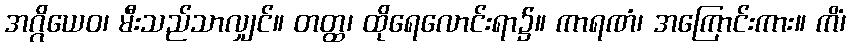
အဂ္ဂိယေဝ၊ မီးသည်သာလျှင်။ တတ္ထ၊ ထိုရေလောင်းရာ၌။ ကာရဏံ၊ အကြောင်းကား။ ကိံ၊